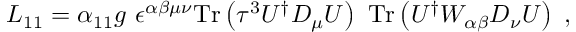
{ \cal L } _ { 1 1 } = \alpha _ { 1 1 } g ~ \epsilon ^ { \alpha \beta \mu \nu } \mathrm { T r } \left( \tau ^ { 3 } U ^ { \dagger } D _ { \mu } U \right) ~ \mathrm { T r } \left( U ^ { \dagger } W _ { \alpha \beta } D _ { \nu } U \right) \; ,